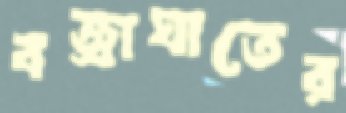
বজ্রাঘাতের